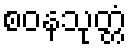
စဝနသုတ္တံ